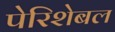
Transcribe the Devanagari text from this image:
पेरिशेबल